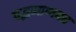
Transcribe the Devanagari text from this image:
पद्भनाभदत्त